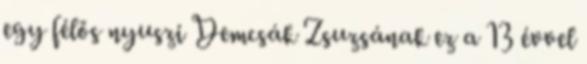
egy félős nyuszi Demcsák Zsuzsának ez a 13 évvel